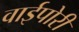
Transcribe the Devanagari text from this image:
वाईपोरी